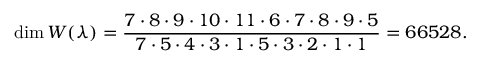
\dim W ( \lambda ) = { \frac { 7 \cdot 8 \cdot 9 \cdot 1 0 \cdot 1 1 \cdot 6 \cdot 7 \cdot 8 \cdot 9 \cdot 5 } { 7 \cdot 5 \cdot 4 \cdot 3 \cdot 1 \cdot 5 \cdot 3 \cdot 2 \cdot 1 \cdot 1 } } = 6 6 5 2 8 .